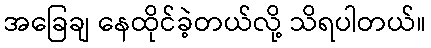
အခြေချ နေထိုင်ခဲ့တယ်လို့ သိရပါတယ်။